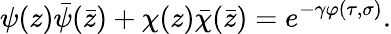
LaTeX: \psi(z)\bar{\psi}(\bar{z})+\chi(z)\bar{\chi}(\bar{z})=e^{-\gamma\varphi(\tau,\sigma)}.